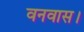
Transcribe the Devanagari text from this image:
वनवास।